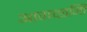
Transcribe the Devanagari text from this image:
आगच्छन्ति